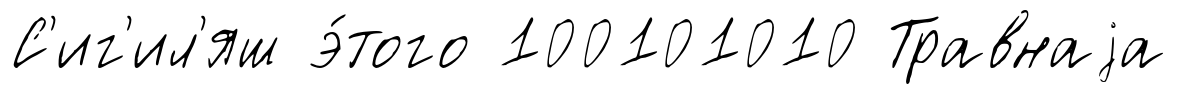
С'иг'ил'яш э́того 100101010 Травнаjа